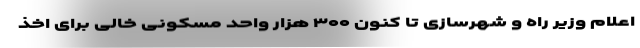
اعلام وزیر راه و شهرسازی تا کنون ۳۰۰ هزار واحد مسکونی خالی برای اخذ